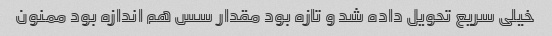
خیلی سریع تحویل داده شد و تازه بود مقدار سس هم اندازه بود ممنون